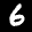
Label: 6